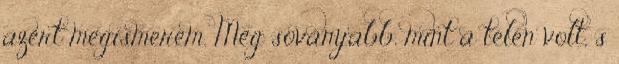
azért megismerem. Még soványabb, mint a télen volt, s